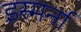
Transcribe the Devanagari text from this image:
इस्मर्ना